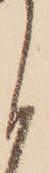
く